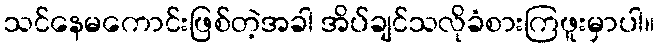
သင်နေမကောင်းဖြစ်တဲ့အခါ အိပ်ချင်သလိုခံစားကြဖူးမှာပါ။